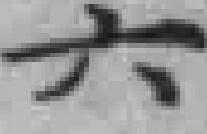
六